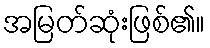
အမြတ်ဆုံးဖြစ်၏။